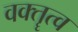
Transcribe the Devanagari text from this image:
वक्‍तॄत्‍व